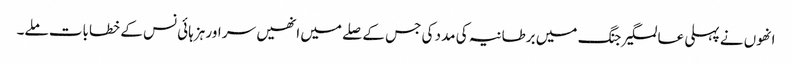
انھوں نے پہلی عالمگیر جنگ میں برطانیہ کی مدد کی جس کے صلے میں انھیں سر اور ہزہائی نس کے خطابات ملے۔